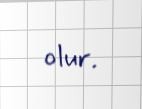
olur.